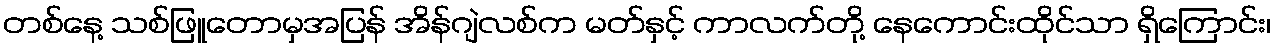
တစ်နေ့ သစ်ဖြူတောမှအပြန် အိန်ဂျဲလစ်က မတ်နှင့် ကာလက်တို့ နေကောင်းထိုင်သာ ရှိကြောင်း၊